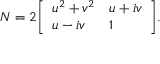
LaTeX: N = 2 { \left[ \begin{array} { l l } { u ^ { 2 } + v ^ { 2 } } & { u + i v } \\ { u - i v } & { 1 } \end{array} \right] } .